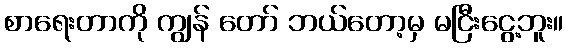
စာရေးတာကို ကျွန် တော် ဘယ်တော့မှ မငြီးငွေ့ဘူး။